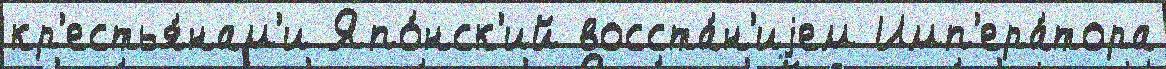
кр'естья́нам'и Япо́нск'ий восста́н'иjем Имп'ера́тора